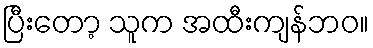
ပြီးတော့ သူက အထီးကျန်ဘဝ။